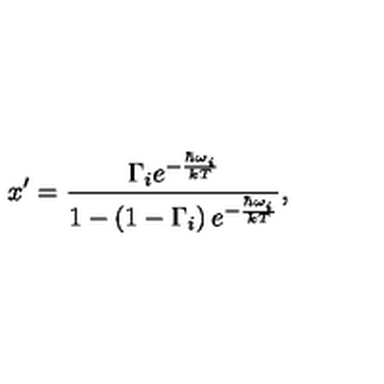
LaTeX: x ^ { \prime } = \frac { \Gamma _ { i } e ^ { - { \frac { \hbar \omega _ { i } } { k T } } } } { 1 - \left( 1 - \Gamma _ { i } \right) e ^ { - { \frac { \hbar \omega _ { i } } { k T } } } } ,